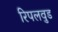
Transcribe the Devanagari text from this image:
रिपलवुड